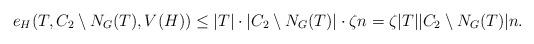
LaTeX: \begin{align*} e_H(T, C_2 \setminus N_G(T), V(H)) \leq |T| \cdot |C_2 \setminus N_G(T)| \cdot \zeta n = \zeta |T| |C_2 \setminus N_G(T)| n.\end{align*}